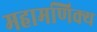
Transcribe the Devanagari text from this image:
महामणिक्य